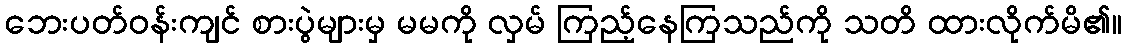
ဘေးပတ်ဝန်းကျင် စားပွဲများမှ မမကို လှမ် ကြည့်နေကြသည်ကို သတိ ထားလိုက်မိ၏။